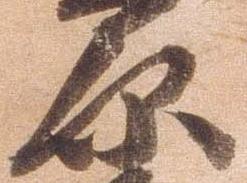
原